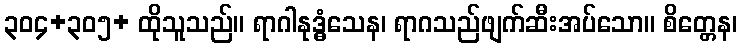
၃၀၄+၃၀၅+ ထိုသူသည်။ ရာဂါနုဒ္ဓံသေန၊ ရာဂသည်ဖျက်ဆီးအပ်သော။ စိတ္တေန၊